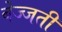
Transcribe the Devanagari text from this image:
बेज्जती